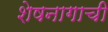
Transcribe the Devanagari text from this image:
शेषनागाची